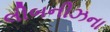
લીબનીઝના